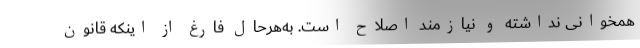
همخوانی نداشته و نیازمند اصلاح است. به‌هرحال فارغ از اینکه قانون